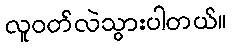
လူဝတ်လဲသွားပါတယ်။